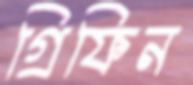
গ্রিফিন